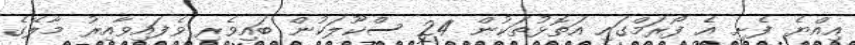
އިއްޔެ ފެށި އެ ފޯރަމްގައި އަތޮޅުތަކުން 24 ސްކޫލަކުން ބައިވެރި ވެފައިވާއިރު މާލޭގެ